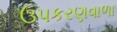
ઉપકરણવાળા